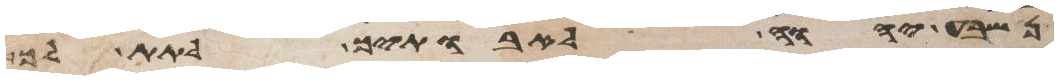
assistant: נשבע יהוה לאבתיך לתת לך